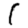
Digit: 1